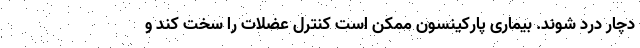
دچار درد شوند. بیماری پارکینسون ممکن است کنترل عضلات را سخت کند و